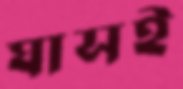
ঘাসই